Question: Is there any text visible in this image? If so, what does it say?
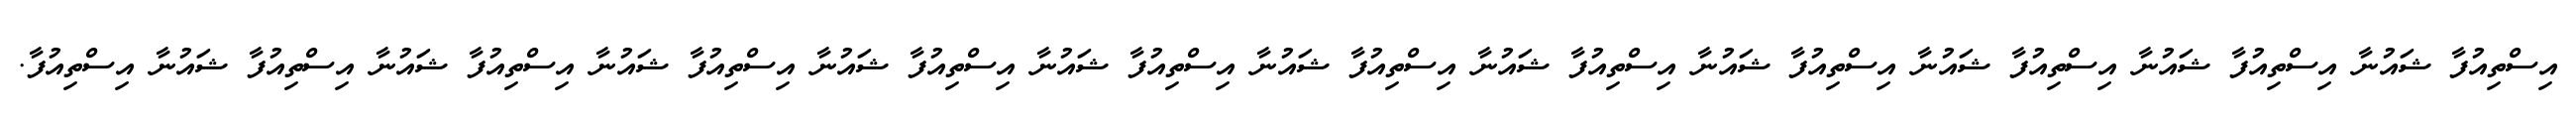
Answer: އިސްތިއުފާ ޝައުނާ އިސްތިއުފާ ޝައުނާ އިސްތިއުފާ ޝައުނާ އިސްތިއުފާ ޝައުނާ އިސްތިއުފާ ޝައުނާ އިސްތިއުފާ ޝައުނާ އިސްތިއުފާ ޝައުނާ އިސްތިއުފާ ޝައުނާ އިސްތިއުފާ ޝައުނާ އިސްތިއުފާ ޝައުނާ އިސްތިއުފާ ޝައުނާ އިސްތިއުފާ.